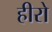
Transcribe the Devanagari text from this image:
हीरो